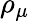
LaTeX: \rho_{\mu}